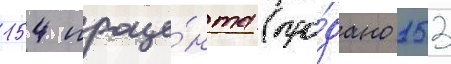
154 проце́нта (про́дано 153